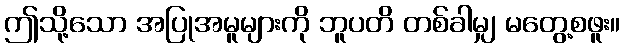
ဤသို့သော အပြုအမူများကို ဘူပတိ တစ်ခါမျှ မတွေ့စဖူး။